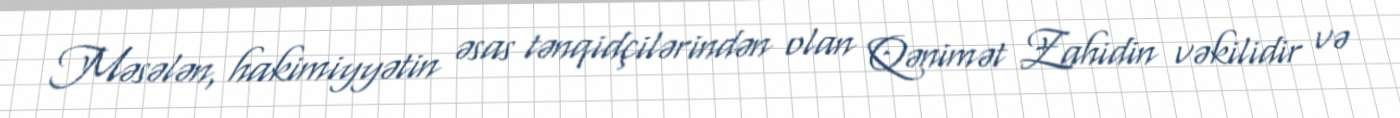
Məsələn, hakimiyyətin əsas tənqidçilərindən olan Qənimət Zahidin vəkilidir və